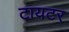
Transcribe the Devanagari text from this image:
टायटर